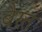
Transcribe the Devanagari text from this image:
बैरत